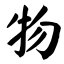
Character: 物